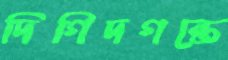
দিগিদগন্তে